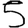
Digit: 5